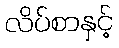
လိပ်စာနှင့်